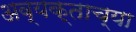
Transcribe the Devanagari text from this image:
अव्यक्ताच्या